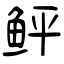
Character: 鲆